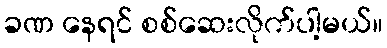
ခဏ နေရင် စစ်ဆေးလိုက်ပါ့မယ်။